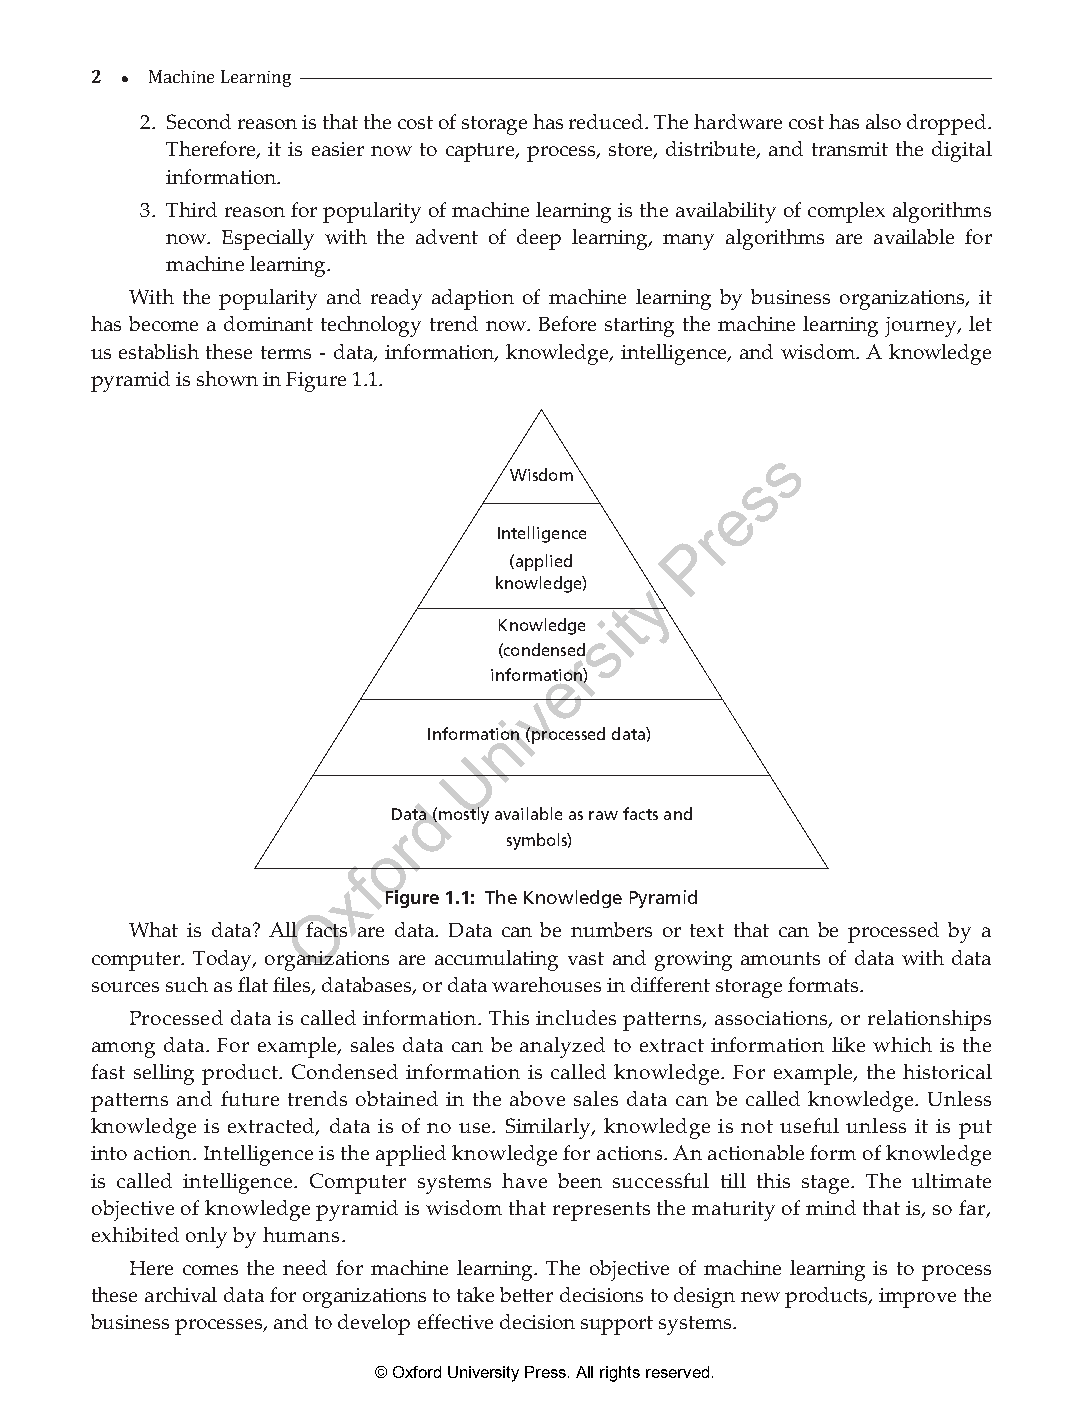
2 
 2M. a Scehcinoen Lde raeransinogn is that the cost of storage has reduced. The hardware cost has also dropped.
 Therefore, it is easier now to capture, process, store, distribute, and transmit the digital
 information.
 3. Third reason for popularity of machine learning is the availability of complex algorithms
 now. Especially with the advent of deep learning, many algorithms are available for
 machine learning.
 With the popularity and ready adaption of machine learning by business organizations, it
 has become a dominant technology trend now. Before starting the machine learning journey, let
 us establish these terms - data, information, knowledge, intelligence, and wisdom. A knowledge
 pyramid is shown in Figure 1.1.
 s
 Wisdom         s
 e
 r
 Intelligence P
 (applied
 knowledge) y
 t
 Knowledgesi
 (condensred
 informaetion)
 v
 i
 Informatnion (processed data)
 U
 d
 Data (mostly available as raw facts and
 r
 o        symbols)
 f
 x
 Figure 1.1: The Knowledge Pyramid
 O
 What is data? All facts are data. Data can be numbers or text that can be processed by a
 computer. Today, organizations are accumulating vast and growing amounts of data with data
 sources such as flat files, databases, or data warehouses in different storage formats.
 Processed data is called information. This includes patterns, associations, or relationships
 among data. For example, sales data can be analyzed to extract information like which is the
 fast selling product. Condensed information is called knowledge. For example, the historical
 patterns and future trends obtained in the above sales data can be called knowledge. Unless
 knowledge is extracted, data is of no use. Similarly, knowledge is not useful unless it is put
 into action. Intelligence is the applied knowledge for actions. An actionable form of knowledge
 is called intelligence. Computer systems have been successful till this stage. The ultimate
 objective of knowledge pyramid is wisdom that represents the maturity of mind that is, so far,
 exhibited only by humans.
 Here comes the need for machine learning. The objective of machine learning is to process
 these archival data for organizations to take better decisions to design new products, improve the
 business processes, and to develop effective decision support systems.
 © Oxford University Press. All rights reserved.
 ML_01.indd 2                                                  26-Mar-21 3:12:40 PM